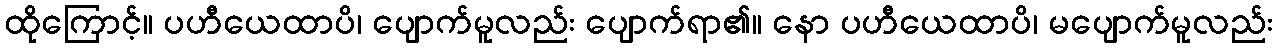
ထိုကြောင့်။ ပဟီယေထာပိ၊ ပျောက်မူလည်း ပျောက်ရာ၏။ နော ပဟီယေထာပိ၊ မပျောက်မူလည်း